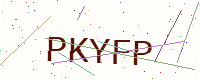
Text: PKYFP